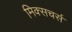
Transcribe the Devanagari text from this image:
मिक्सचर्स